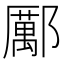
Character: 𨞺